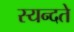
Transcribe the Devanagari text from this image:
स्यन्दते